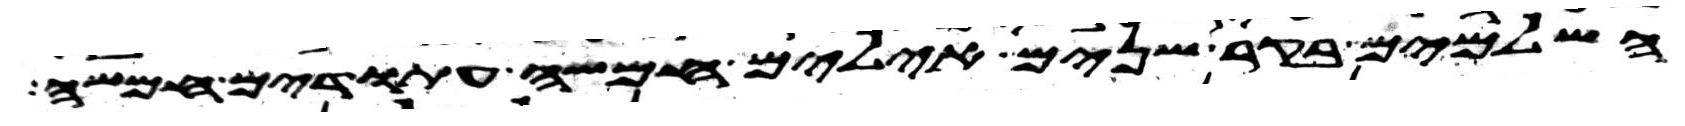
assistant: השלמים בקר שנים אילים חמשה עתודים חמשה